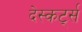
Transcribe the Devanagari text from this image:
देस्कर्ट्स